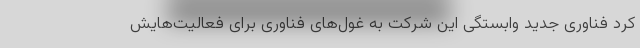
کرد فناوری جدید وابستگی این شرکت به غول‌های فناوری برای فعالیت‌هایش